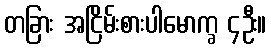
တခြား အငြိမ်းစားပါမောက္ခ ၄ဦး။